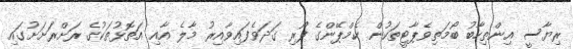
ރިޔާސީ އިންތިހާބު ބޯމަތިވެޕާޓީތަކުން ކެމްޕޭންގެ ފޯރި ގަދަވެފައިވާއިރު މާލެ އާއި އަތޮޅުތަކުގެ ރަށްރަށަށުގައި